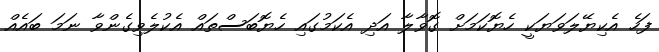
ފަހެ އެކިޔޭލަވަޔަކީ ހެޔޮކަމަށް ގޮވާލާ އަދި އެކަމުގައި ހެޔޮބަސްތައް އެކުލެވިގެންވާ ނަމަ ބައެއް